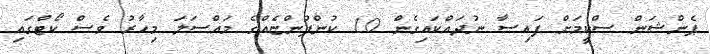
ޕެންޝަން ސްކީމަށް ފައިސާ ނުދައްކައިގެން 10 ކުންފުންޏެއްގެ މައްސަލަ މިހާރު ވެސް ކޯޓްގައި